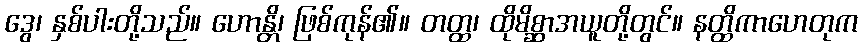
ဒွေ၊ နှစ်ပါးတို့သည်။ ဟောန္တိ၊ ဖြစ်ကုန်၏။ တတ္ထ၊ ထိုမိစ္ဆာအယူတို့တွင်။ နတ္ထိကာဟေတုက